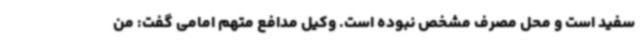
سفید است و محل مصرف مشخص نبوده است. وکیل مدافع متهم امامی گفت: من